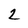
Character: 2